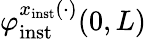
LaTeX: \varphi_{\mathrm{inst}}^{x_{\mathrm{inst}}(\cdot)}(0,L)